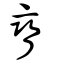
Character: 矕